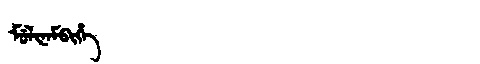
Manchu: ᠮᡠᠯᡳᠨᠠᠮᠪᡳᡥᡝ
Romanization: MULINAMBIHE